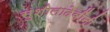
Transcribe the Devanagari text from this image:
सुशीलादेवींनी